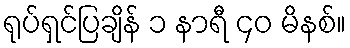
ရုပ်ရှင်ပြချိန် ၁ နာရီ ၄၀ မိနစ်။